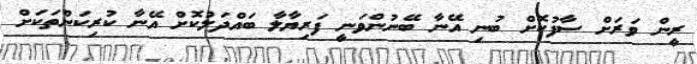
ރީން ވަރަށް ސާފުކޮށް ބުނި އޭނާ ބޭނުންވަނީ ފަރިޔާލާ ބައްދަލުކޮށް އޭނާ ކުރިކަންތަކަށް